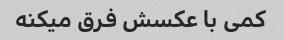
کمی با عکسش فرق میکنه